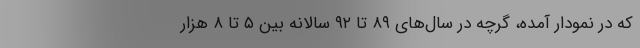
که در نمودار آمده، گرچه در سال‌های ۸۹ تا ۹۲ سالانه بین ۵ تا ۸ هزار